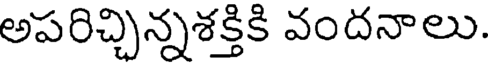
అపరిచ్చిన్నశక్తికి వందనాలు.